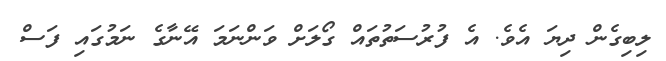
ލިބިގެން ދިޔަ އެވެ. އެ ފުރުސަތުތައް ގޯލަށް ވަންނަމަ އޭނާގެ ނަމުގައި ފަސް